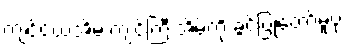
ကျင်ငယ်အိမ် ကျင်ကြီးအိမ်ကို ခွင့်ပြုတော်မူပုံ